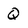
Character: Q